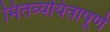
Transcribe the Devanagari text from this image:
मितव्ययितापूर्ण